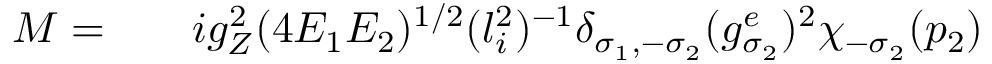
\begin{array} { r l r } { { \cal M } = } & { { } } & { i g _ { Z } ^ { 2 } ( 4 E _ { 1 } E _ { 2 } ) ^ { 1 / 2 } ( l _ { i } ^ { 2 } ) ^ { - 1 } \delta _ { \sigma _ { 1 } , - \sigma _ { 2 } } ( g _ { \sigma _ { 2 } } ^ { e } ) ^ { 2 } \chi _ { - \sigma _ { 2 } } ( p _ { 2 } ) } \end{array}